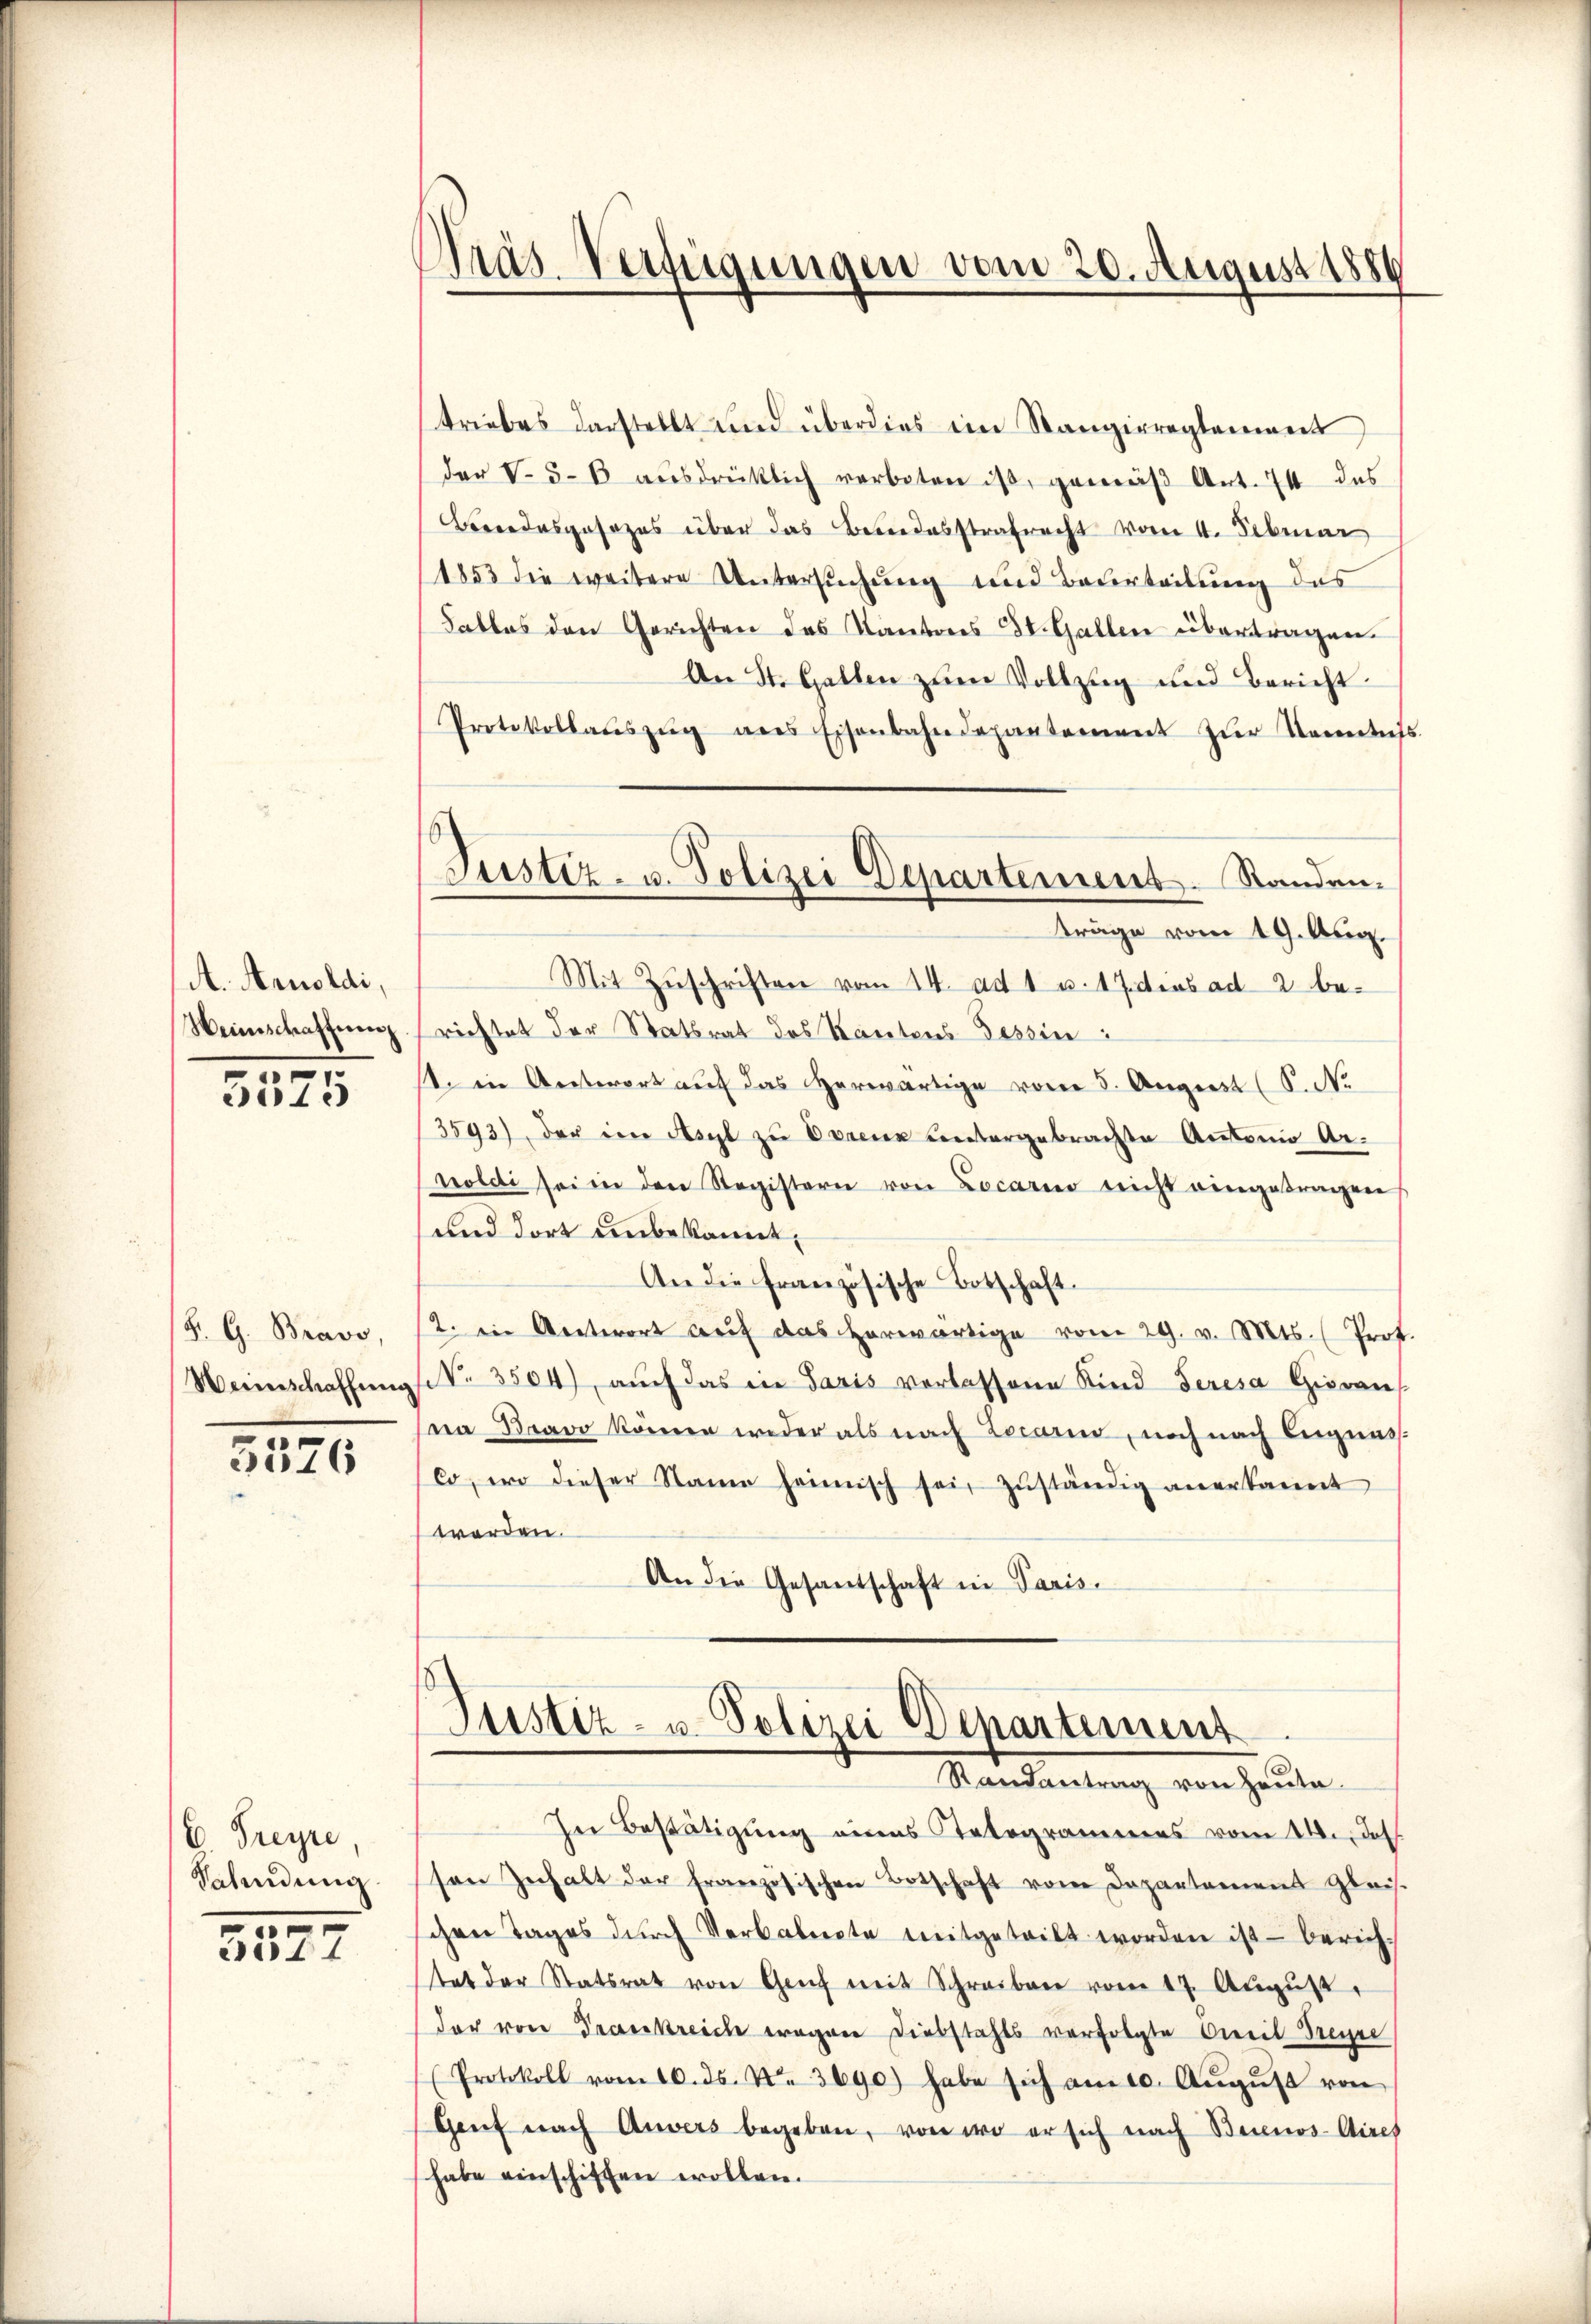
A. Arnoldi,
Weinschaftung

5575

S. G. Bravo,
Weinschaffung

3526

E Freyre,
Salindung.

5327

Präs. Verfügungen vom 20. August 1886

Justiz- u. Polizei Departement. Standen.
träge vom 19. Aug.

triebes darstellt und überdies ein Stangirreglement
der V. 5-6 aŭsdrücklich verboten ist, gemäβ Art. 74 des
Brendesgesezes über das Beredesstrafrecht vom 1. Februar
1853 die weitere Untersuchung und Beurteilung das
Fables den Gerichten des Kantons St. Gallen übertragen.
An St. Gallen zum Vollzug und Bericht.
Protokollaŭszŭg ans Eisenbahndepartement zŭr Kenntniss
Mit Zŭschriften vom 24. ad 1. u. 17 dies ad 2. berichtet der Statsrat des Kantons Tessin:
s. in Antwort auf das herwärtige vom 5. August (S. Nr.
3593), der in Asyl zŭ Evrenz untergebrachte Antonio Ar-
noleti sei in den Registern von Locario nicht eingetragen
und dort unbekannt,
An die Französische Botschaft.
2. ein Ansterort auf das herwärtige vom 29. v. Mts. (Prof.
No 3504), auch das in Paris vorlassene Kind deresa Hieraus
na Bravo können weder als nach Locarno, noch nach Begnass.
co, wo dieser Stamm heimisch sei zŭständig anerkannt
werden.
An die Gesandschaft in Paris.

Justiz- u. Polizei Departement
Randantrag von Heute.

In Bestätigung eines Telegrammes vom 14. des
sen Zuhalt der französischen Botschaft vom Departamens Gleis
chen Tages dŭrch Verbalierte mitgeteilt worden ist berich.
tat der Statsrat von Genf mit Schreiben vom 17. Aŭgŭst
der von Praenkreiche wegen Diebstahls verfolgte weil Bregel
(Protokoll vom 10. ds. No. 3690) habe sich am 10. Aŭgŭst von
Gent nach Anvers begeben, von wo er sich nach Bernos-Aires
habe einschiffen wollen.